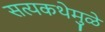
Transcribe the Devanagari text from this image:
सत्यकथेमुळे